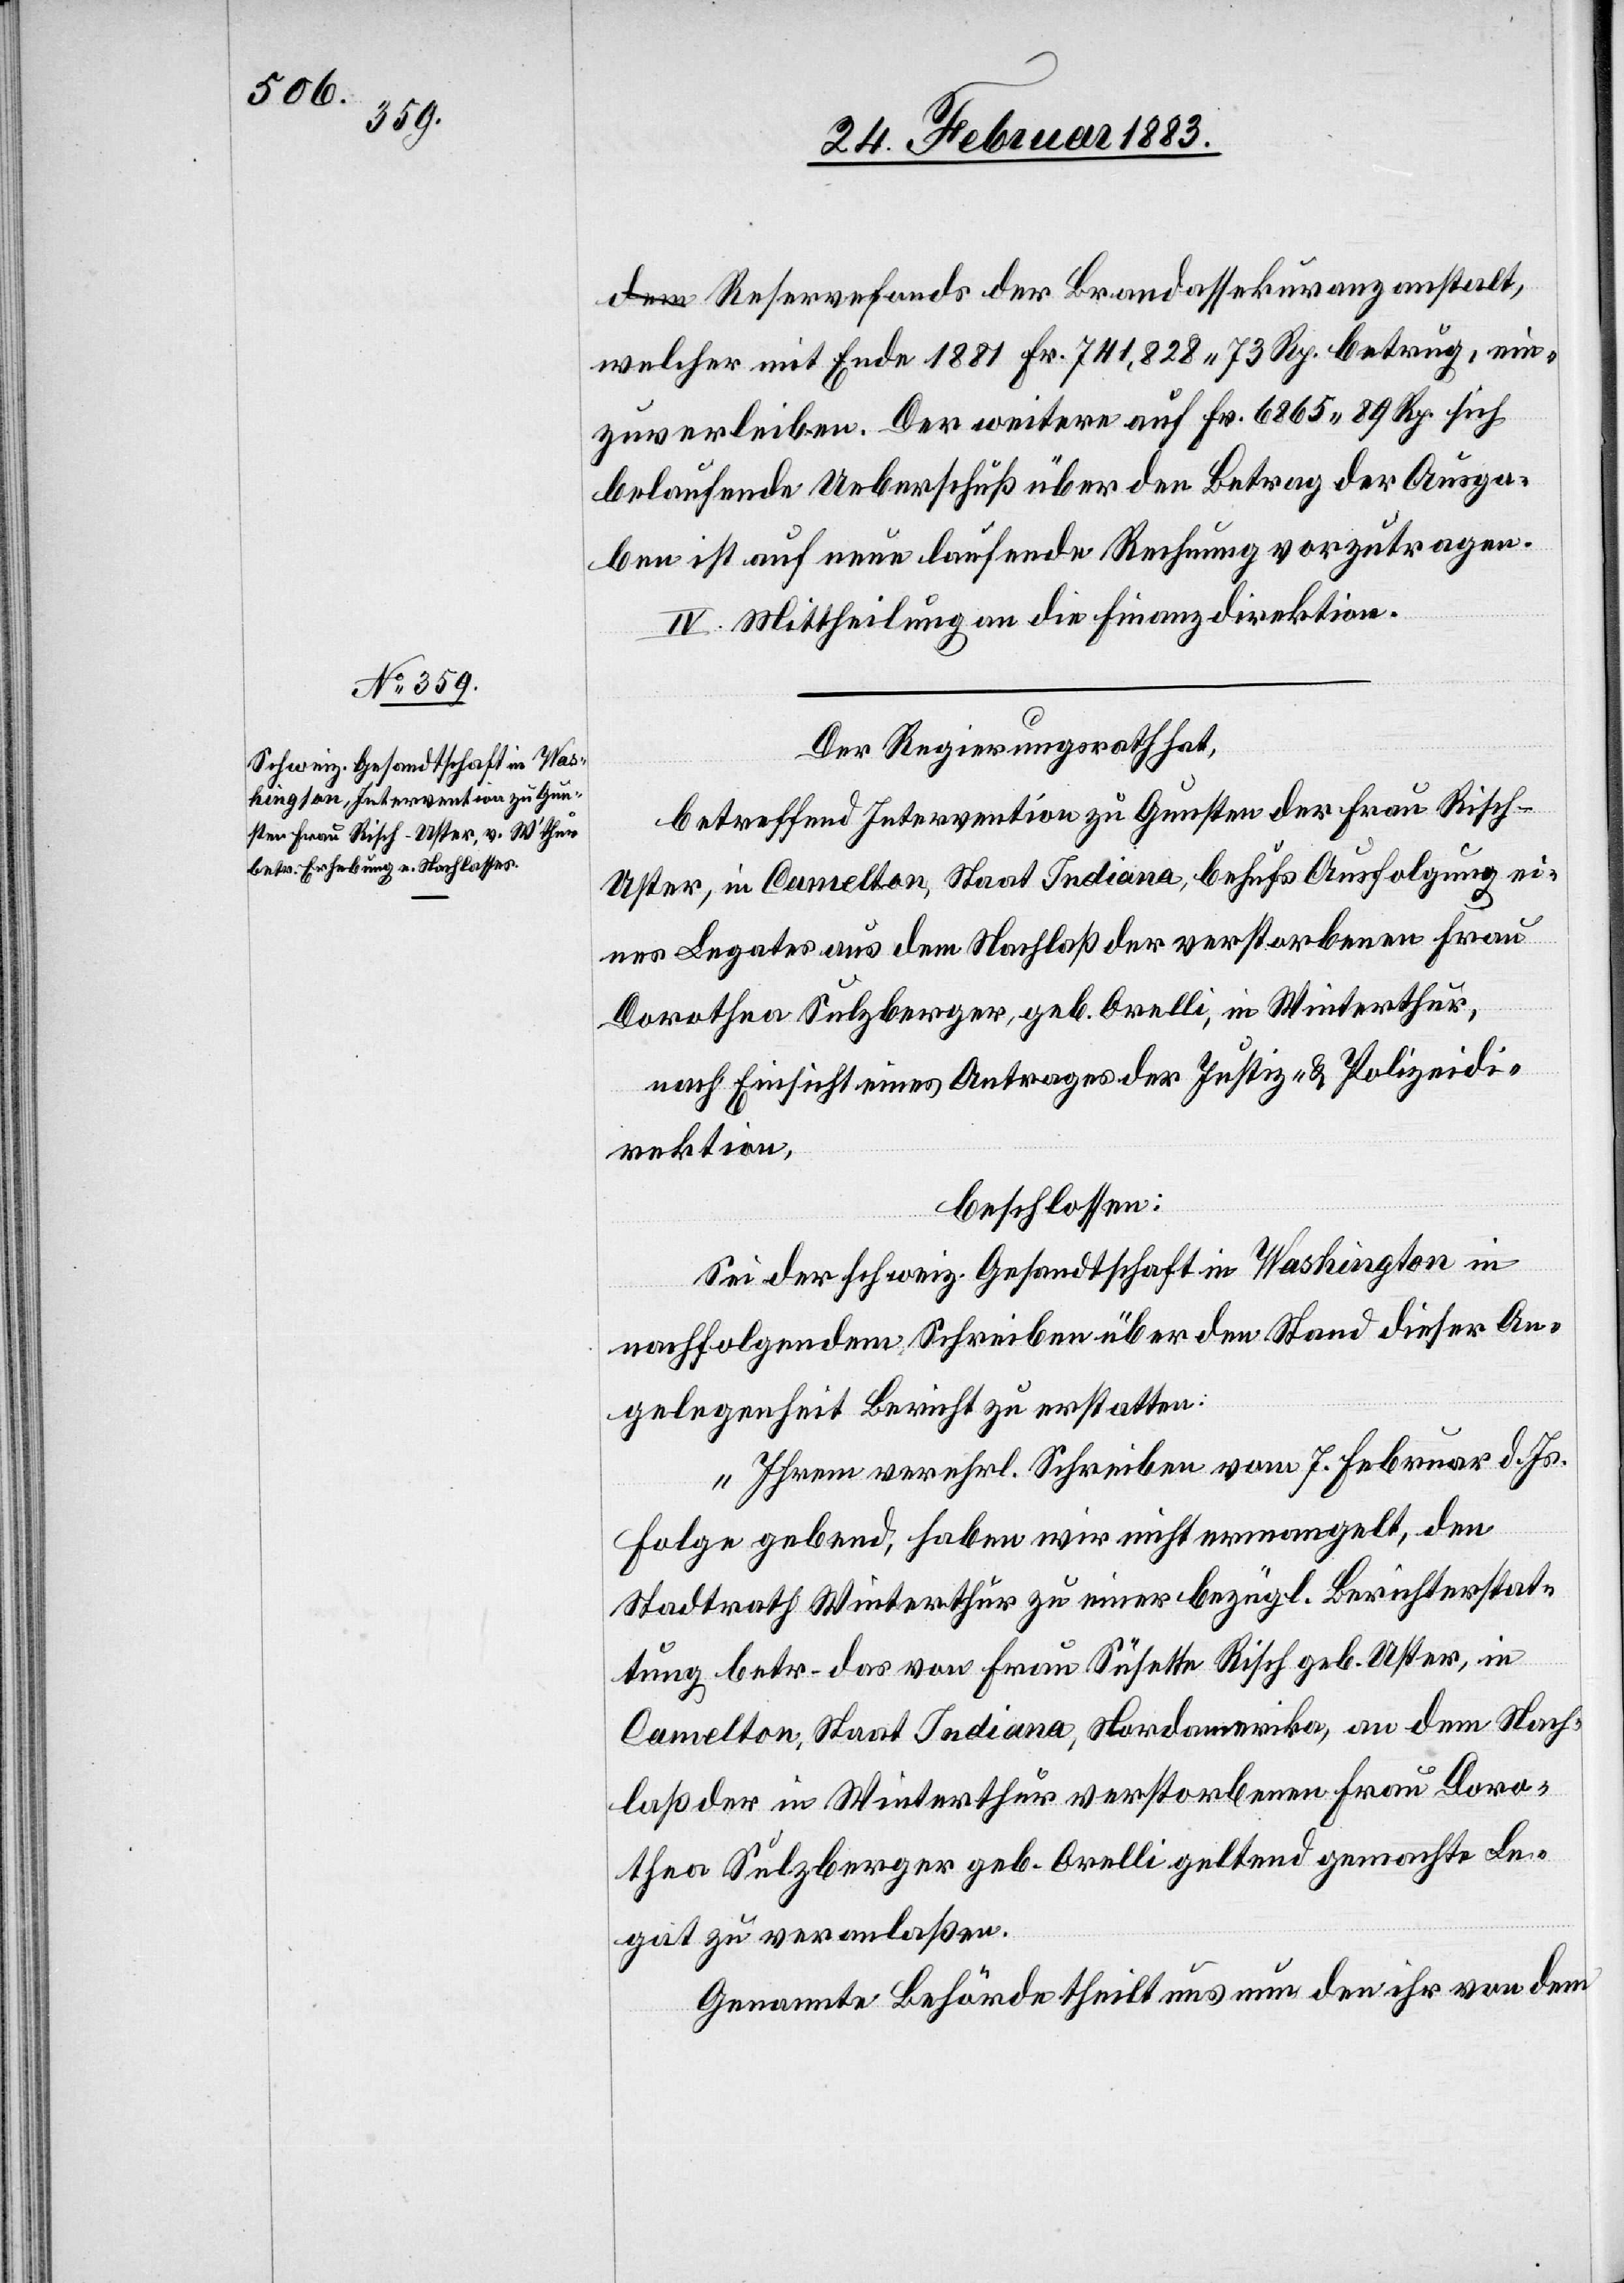
89 Rp.

Reservefonds der Brandassekuranzanstalt,
welcher mit Ende 1881 Fr. 741,828 73 Rp. betrug,
belaufende Ueberschuß über den Betrag der Ausga¬
ben ist auf neue laufende Rechnung vorzutragen.
III. Mittheilung an die Finanzdirektion.
Der Regierungsrath hat,
betreffend Intervention zu Gunsten der Frau Risch-U¬
ster, in Camelton, Staat Indiana, behufs Ausfolgung ei¬
nes Legates aus dem Nachlaß der verstorbenen Frau
Dorothea Sulzberger, geb. Orelli, in Winterthur,
nach Einsicht eines Antrages der Justiz- & Polizeidi¬
rektion,
beschlossen:
Sei der schweiz. Gesandtschaft in Washington in
nachfolgendem Schreiben über den Stand dieser An¬
gelegenheit Bericht zu erstatten:
„Ihrem verehrl. Schreiben vom 7. Februar d. Js.
Folge gebend, haben wir nicht ermangelt, den
Stadtrath Winterthur zu einer bezügl. Berichterstat¬
tung betr. das von Frau Susette Risch geb. Uster, in
Camelton, Staat Indiana, Nordamerika, an dem Nach¬
laß der in Winterthur verstorbenen Frau Doro¬
thea Sulzberger geb. Orelli geltend gemachte Le¬
gat zu veranlaßen.
Genannte Behörde theilt uns nun den ihr von dem